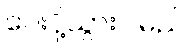
ပေးပို့သွားပါမည်